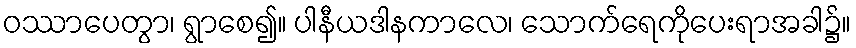
ဝဿာပေတွာ၊ ရွာစေ၍။ ပါနီယဒါနကာလေ၊ သောက်ရေကိုပေးရာအခါ၌။